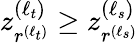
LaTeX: z_{r^{(\ell_{t})}}^{(\ell_{t})}\geq z_{r^{(\ell_{s})}}^{(\ell_{s})}